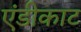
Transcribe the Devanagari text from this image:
एंडीकाट